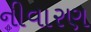
નીવારણ